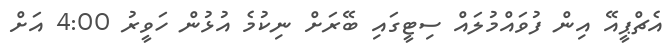
އެޗްޕީއޭ އިން ފުވައްމުލައް ސިޓީގައި ބޭރަށް ނިކުމެ އުޅުން ހަވީރު 4:00 އަށް